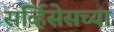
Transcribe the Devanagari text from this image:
सर्व्हिसेसच्या